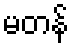
မတန်